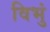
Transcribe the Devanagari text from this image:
विभुं